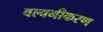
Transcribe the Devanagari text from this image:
बल्वनीकरण